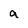
Character: a